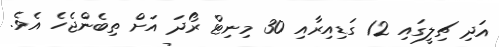
އަދި ޗިލީގައި 12 ގަޑިއިރާއި 30 މިނިޓް ރޯދަ އަށް ތިބެންޖެހެ އެވެ.